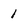
Character: 1